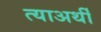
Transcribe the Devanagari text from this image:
त्याअर्थीं